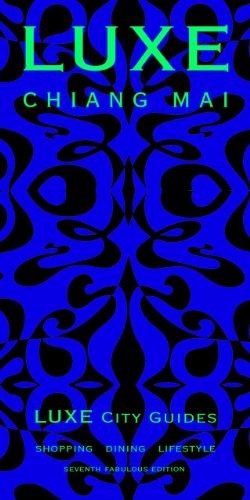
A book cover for LUXE Chiang Mai (LUXE City Guides); LUXE City Guides; Travel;